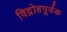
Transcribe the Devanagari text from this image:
विद्रोहपूर्वक